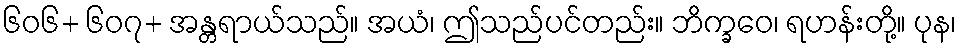
၆၀၆+ ၆၀၇+ အန္တရာယ်သည်။ အယံ၊ ဤသည်ပင်တည်း။ ဘိက္ခဝေ၊ ရဟန်းတို့။ ပုန၊